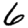
Digit: 6